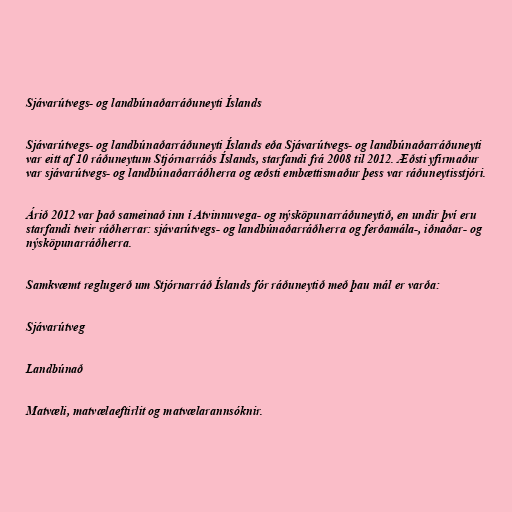
Sjávarútvegs- og landbúnaðarráðuneyti Íslands

Sjávarútvegs- og landbúnaðarráðuneyti Íslands eða Sjávarútvegs- og landbúnaðarráðuneyti
var eitt af 10 ráðuneytum Stjórnarráðs Íslands, starfandi frá 2008 til 2012. Æðsti yfirmaður
var sjávarútvegs- og landbúnaðarráðherra og æðsti embættismaður þess var ráðuneytisstjóri.

Árið 2012 var það sameinað inn í Atvinnuvega- og nýsköpunarráðuneytið, en undir því eru
starfandi tveir ráðherrar: sjávarútvegs- og landbúnaðarráðherra og ferðamála-, iðnaðar- og
nýsköpunarráðherra.

Samkvæmt reglugerð um Stjórnarráð Íslands fór ráðuneytið með þau mál er varða:

Sjávarútveg

Landbúnað

Matvæli, matvælaeftirlit og matvælarannsóknir.